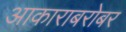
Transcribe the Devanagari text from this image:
आकाराबरोबर